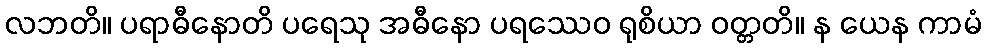
လဘတိ။ ပရာဓီနောတိ ပရေသု အဓီနော ပရဿေဝ ရုစိယာ ဝတ္တတိ။ န ယေန ကာမံ